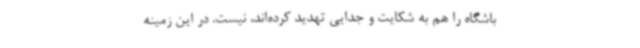
باشگاه را هم به شکایت و جدایی تهدید کرده‌اند، نیست. در این زمینه